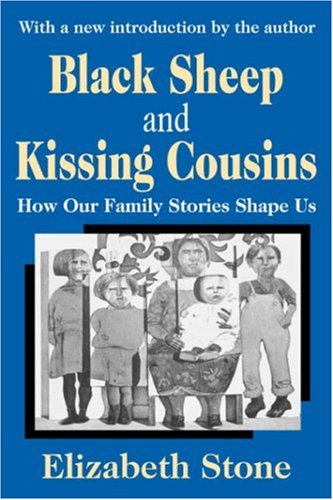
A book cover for Black Sheep and Kissing Cousins: How Our Family Stories Shape Us; Elizabeth Stone; Parenting & Relationships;